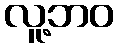
လူ့ဘဝ